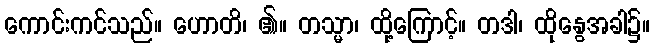
ကောင်းကင်သည်။ ဟောတိ၊ ၏။ တသ္မာ၊ ထို့ကြောင့်။ တဒါ၊ ထိုနွေအခါ၌။